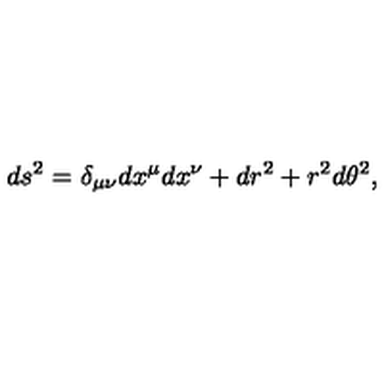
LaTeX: d s ^ { 2 } = \delta _ { \mu \nu } d x ^ { \mu } d x ^ { \nu } + d r ^ { 2 } + r ^ { 2 } d \theta ^ { 2 } ,